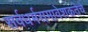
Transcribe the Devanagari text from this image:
सर्वधर्मसमावेशकतेचे